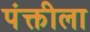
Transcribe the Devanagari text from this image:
पंक्तीला